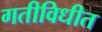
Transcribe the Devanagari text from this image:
गतीविधीत